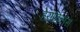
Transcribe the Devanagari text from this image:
हेराक्लिस